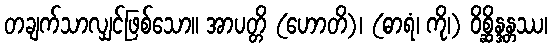
တချက်သာလျှင်ဖြစ်သော။ အာပတ္တိ (ဟောတိ)၊ (ဓာရံ၊ ကို၊) ဝိစ္ဆိန္ဒန္တဿ၊